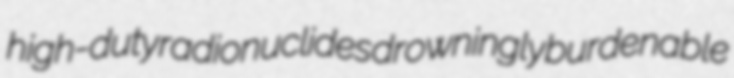
high-duty radionuclides drowningly burdenable